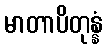
မာတာပိတုန္နံ